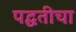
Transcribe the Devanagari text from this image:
पद्घतीचा